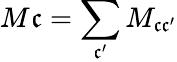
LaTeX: {M}_{}{\mathfrak{c}}=\sum_{\mathfrak{c}^{\prime}}{M}_{\mathfrak{c}\mathfrak{c}^{\prime}}